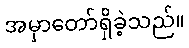
အမှာတော်ရှိခဲ့သည်။